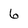
Character: 6